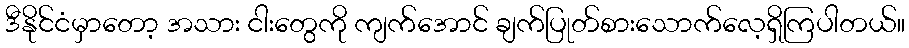
ဒီနိုင်ငံမှာတော့ အသား ငါးတွေကို ကျက်အောင် ချက်ပြုတ်စားသောက်လေ့ရှိကြပါတယ်။